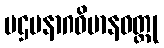
ပဌမနာဂဝိမာနဝတ္ထု